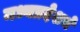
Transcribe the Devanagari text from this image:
मध्यप्रदेशचे